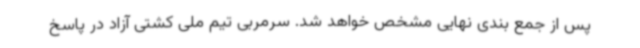
پس از جمع بندی نهایی مشخص خواهد شد. سرمربی تیم ملی کشتی آزاد در پاسخ